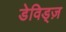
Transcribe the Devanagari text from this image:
डेविड्ज़